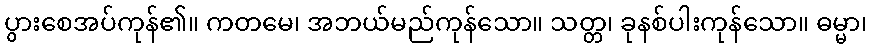
ပွားစေအပ်ကုန်၏။ ကတမေ၊ အဘယ်မည်ကုန်သော။ သတ္တ၊ ခုနစ်ပါးကုန်သော။ ဓမ္မာ၊